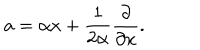
a = \alpha x + \frac { 1 } { 2 \alpha } \frac { \partial } { \partial x } .